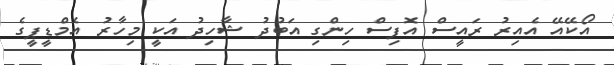
އޯކޭއޭ އެއިރު ރައީސް އޮފިސް ހިންގި އަބުދު ޝާހިދު އަކީ މިހާރު އެމްޑީޕީގެ